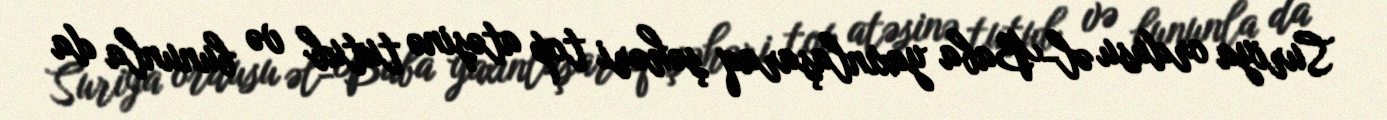
Suriya ordusu əl-Baba yaxınlaşaraq şəhəri top atəşinə tutub və bununla da